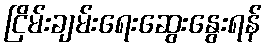
ငြိမ်းချမ်းရေးဆွေးနွေးရန်